Veterinary regulations India, 1939 -
Year: 1939
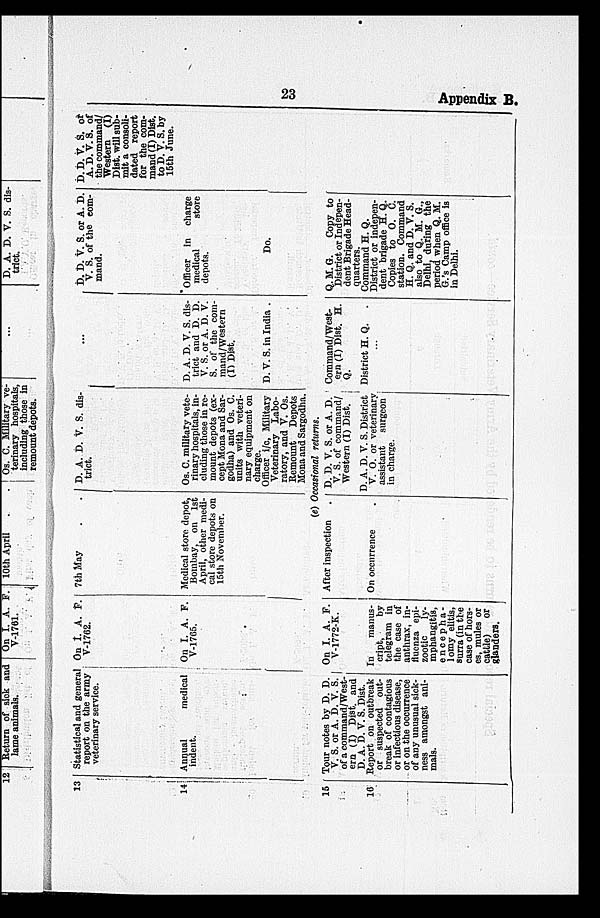
23
Appendix B.
13
14
15
16
Statistical and genera
report on the army
veterinary service.
Annual
medical
indent.
Tour notes by D. D.
V. S. or A. D. V. S.
of a command/West-
ern (I) Dist. and
D. A. D. V. S. Dist.
Report on outbreak
or suspected out-
break of contagious
or infectious disease,
or on the occurrence
of any unusual sick-
ness amongst ani-
mals.
On I. A. F.
V-1702.
On I. A. F.
V-17C5.
On I. A. F.
V-1772-K.
In
manus-
cript,
by
telegram in
the case of
anthrax, in-
fluenza epi-
zootic
ly-
mphangitis,
encepha-
lomy elitis,
surra (in the
case of hors-
es, mules or
cattle)
or
glanders.
7th May . .
Medical store depot,
Bombay, on 1st
April, other medi-
cal store depots on
15th November.
After inspection .
On occurrence .
D. A. D. V. S. dis-
trict.
Os. C. military vete-
rinary hospitals, in-
cluding those in re-
mount depots (ex-
cept Mona and Sar-
godha) and Os. C.
units with veteri-
nary equipment on
charge.
Officer i/c, Military
Veterinary Labo-
ratory, and V. Os.
Remount
Depots
Mona and Sargodha.
D. D. V. S. or A. D.
V. S. of command/
Western (I) Dist.
D. A. D. V. S. District
V. O. or veterinary
assistant surgeon
in charge.
...
D. A. D. V. S. dis-
trict and D. D.
V. S. or A. D. V.
S. of the com-
maud/Western
(I) Dist.
D. V. S. in India .
Command/West-
ern (I) Dist. H.
Q.
District H. Q.
...
D. D. V. S. or A. D.
V. S. of the com-
mand.
Officer in charge
medical
store
depots.
Do.
Q. M. G.
Copy to
District or Indepen-
dent Brigade Head-
quarters.
Command H. Q.
District or indepen-
dent brigade H. Q.
Copies to O. C.
station. Command
H. Q. and D. V. S.
also to Q. M. G.,
Delhi, during the
period when Q. M.
G.'s Camp office is
in Delhi.
D. D. V. S. or
A. D. V. S. of
the command/
Westers (I)
Dist. will sub-
mit a consoli-
dated report
for the com-
mand (I) Dist.
to D. V. S. by
15th June.